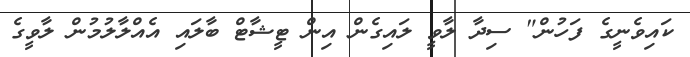
ކައިވެނީގެ ފަހުން" ސިދާ ލާވީ ލައިގެން އިން ޓީޝާޓް ބާލައި އެއްލާލުމުން ލާވީގެ